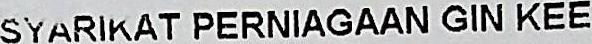
SYARIKAT PERNIAGAAN GIN KEE